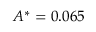
A ^ { * } = 0 . 0 6 5